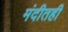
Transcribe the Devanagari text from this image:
मंदीतही